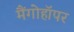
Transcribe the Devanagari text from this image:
मैंगोहॉपर